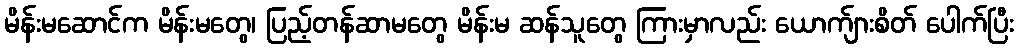
မိန်းမဆောင်က မိန်းမတွေ၊ ပြည့်တန်ဆာမတွေ မိန်းမ ဆန်သူတွေ ကြားမှာလည်း ယောက်ျားစိတ် ပေါက်ပြီး